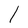
Character: l